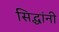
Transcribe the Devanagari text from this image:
सिद्धांनी